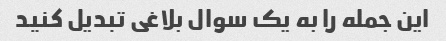
این جمله را به یک سوال بلاغی تبدیل کنید